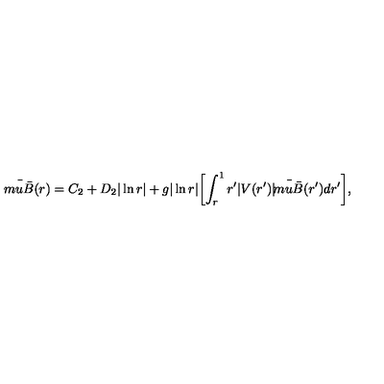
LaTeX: \bar { \mskip - 3 m u \bar { B } } ( r ) = C _ { 2 } + D _ { 2 } | \ln r | + g | \ln r | \biggl [ \int _ { r } ^ { 1 } r ^ { \prime } | V ( r ^ { \prime } ) | \bar { \mskip - 3 m u \bar { B } } ( r ^ { \prime } ) d r ^ { \prime } \biggr ] ,